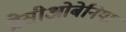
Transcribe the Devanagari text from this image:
प्रोसीओबेनिया